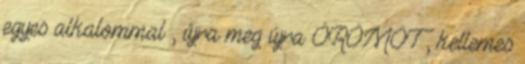
egyes alkalommal , újra meg újra ÖRÖMÖT , kellemes